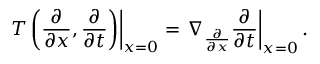
\left. T \left( { \frac { \partial } { \partial x } } , { \frac { \partial } { \partial t } } \right) \right| _ { x = 0 } = \left. \nabla _ { \frac { \partial } { \partial x } } { \frac { \partial } { \partial t } } \right| _ { x = 0 } .